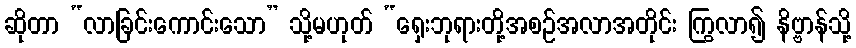
ဆိုတာ “လာခြင်းကောင်းသော” သို့မဟုတ် “ရှေးဘုရားတို့အစဉ်အလာအတိုင်း ကြွလာ၍ နိဗ္ဗာန်သို့